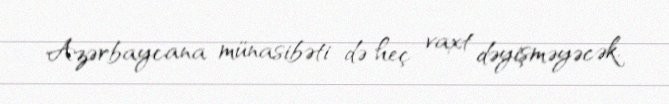
Azərbaycana münasibəti də heç vaxt dəyişməyəcək.